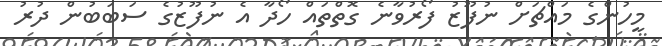
މީހުންގެ މައްޗަށް ނުފޫޒު ފޯރުވާނެ ގޮތްތައް ހޯދާ އެ ނުފޫޒުގެ ސަބަބުން ދުރު